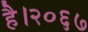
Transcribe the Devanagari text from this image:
है।२०६७